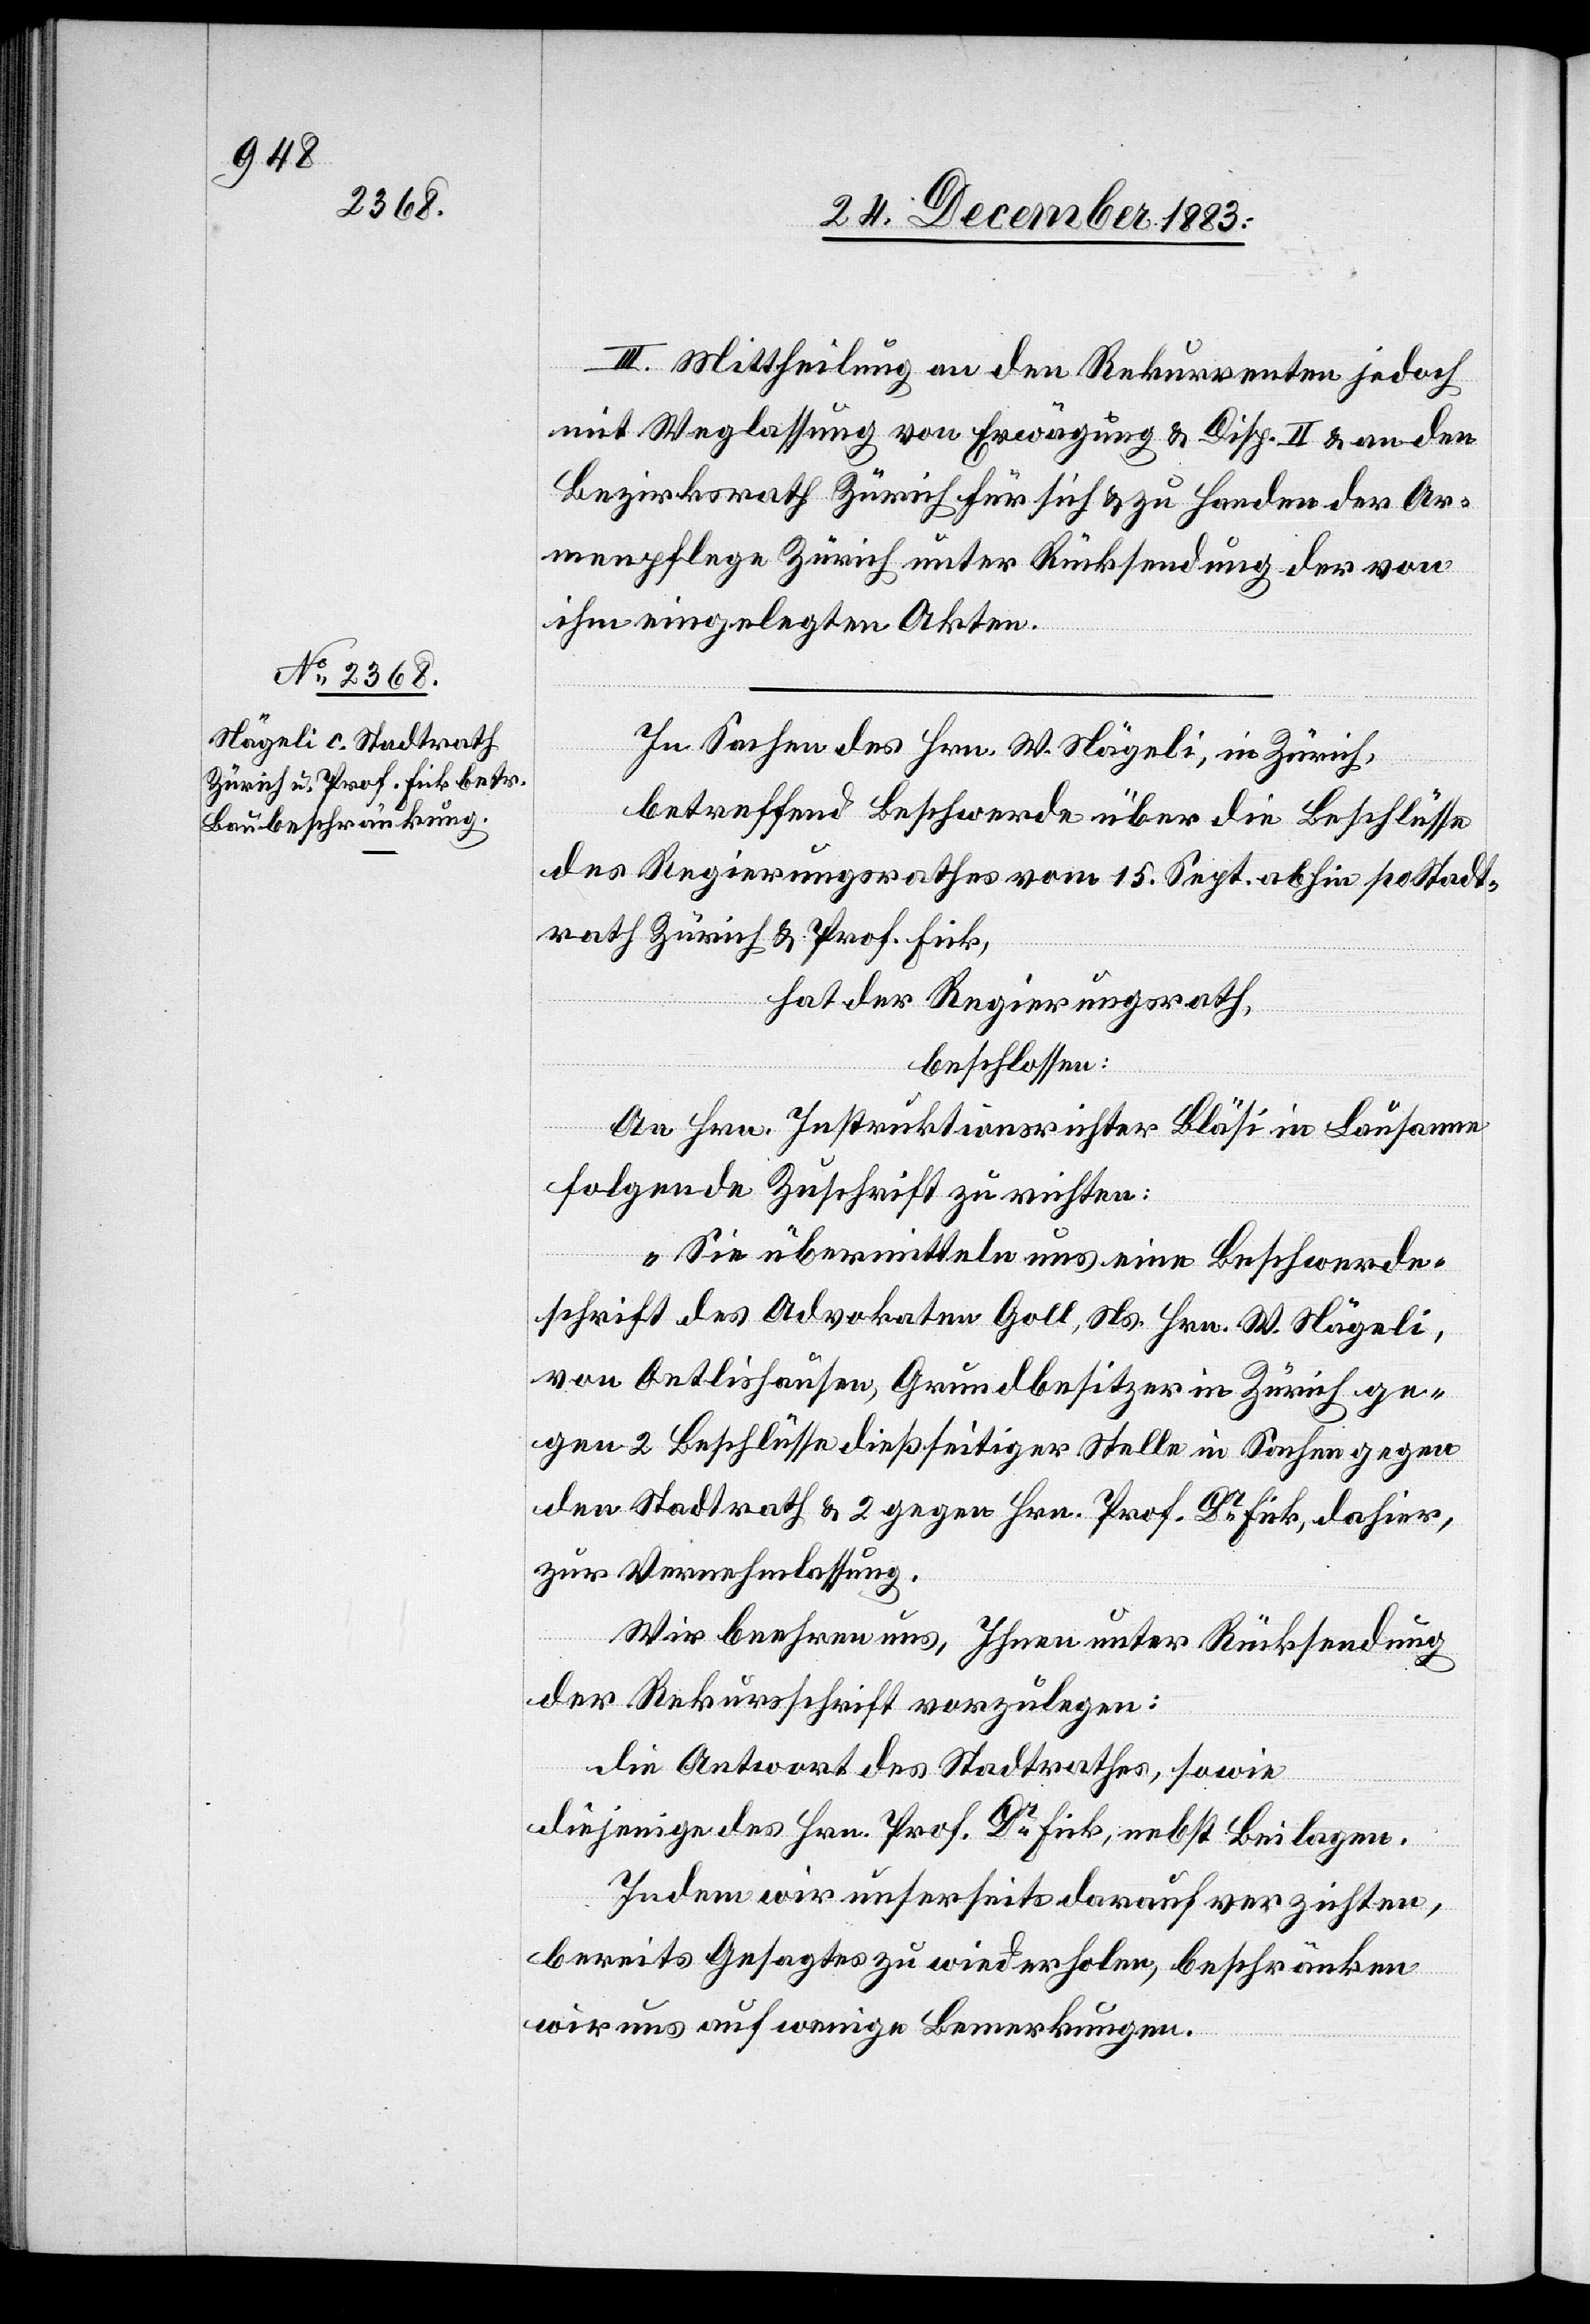
III. Mittheilung an den Rekurrenten jedoch
mit Weglassung von Erwägung & Disp. II & an den
Bezirksrath Zürich für sich & zu Handen der Ar¬
menpflege Zürich unter Rücksendung der von
ihm eingelegten Akten.
In Sachen des Hrn. W. Nägeli, in Zürich,
betreffend Beschwerde über die Beschlüsse
des Regierungsrathes vom 15. Sept. abhin po Stadt¬
rath Zürich & Prof. Fick,
hat der Regierungsrath,
beschlossen:
An Hrn. Instruktionsrichter Bläsi in Lausanne
folgende Zuschrift zu richten:
„Sie übermitteln uns eine Beschwerde¬
schrift des Advokaten Goll, Ns. Hrn. W. Nägeli,
von Oetlishausen, Grundbesitzer in Zürich ge¬
gen 2 Beschlüsse dießseitiger Stelle in Sachen gegen
den Stadtrath & 2[.] gegen Hrn. Prof. Dr Fick, dahier,
zur Vernehmlassung.
Wir beehren uns, Ihnen unter Rücksendung
der Rekursschrift vorzulegen:
die Antwort des Stadtrathes, sowie
diejenige des Hrn. Prof. Dr Fick, nebst Beilagen.
Indem wir unserseits darauf verzichten,
bereits Gesagtes zu wiederholen, beschränken
wir uns auf wenige Bemerkungen.